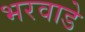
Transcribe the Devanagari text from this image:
भरवाडे